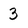
Character: 3